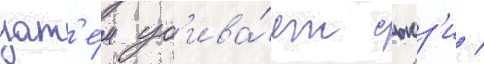
зат'е́м уб'ива́ет сьюз'и /